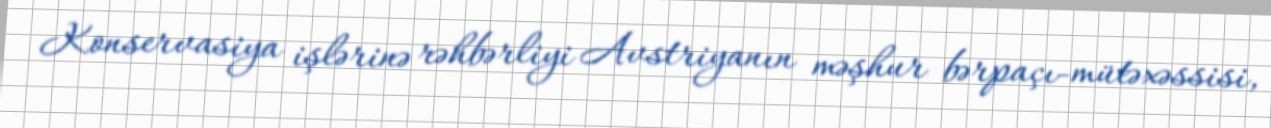
Konservasiya işlərinə rəhbərliyi Avstriyanın məşhur bərpaçı-mütəxəssisi,